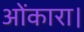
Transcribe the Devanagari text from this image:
ओंकारा।